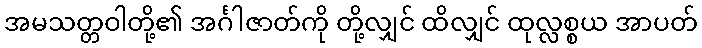
အမသတ္တဝါတို့၏ အင်္ဂါဇာတ်ကို တို့လျှင် ထိလျှင် ထုလ္လစ္စယ အာပတ်